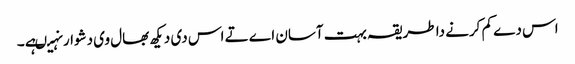
اس دے کم کرنے دا طریقہ بہت آسان اے تے اس د‏ی دیکھ بھال وی دشوار نہیںہے ۔